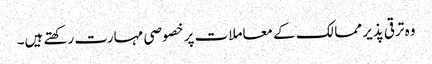
وہ ترقی پذیر ممالک کے معاملات پر خصوصی مہارت رکھتے ہیں۔